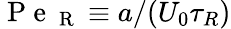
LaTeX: \mathrm{~P~e~}_{\mathrm{~R~}}\equiv a/(U_{0}\tau_{R})